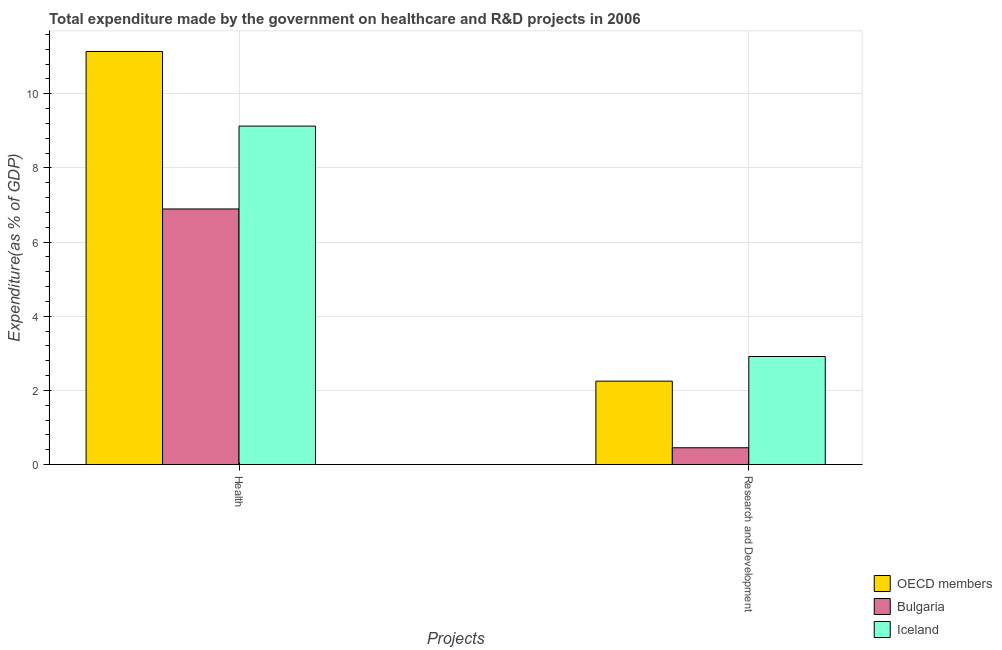
| Projects | OECD members | Bulgaria | Iceland |
 | --- | --- | --- | --- |
 | Health | 11.1 | 6.89 | 9.13 |
 | Research and Development | 2.25 | 0.452 | 2.91 |